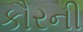
કૌરની